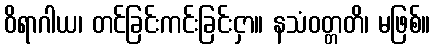
ဝိရာဂါယ၊ တင်ခြင်းကင်းခြင်းငှာ။ နသံဝတ္တတိ၊ မဖြစ်။